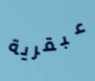
عبقرية